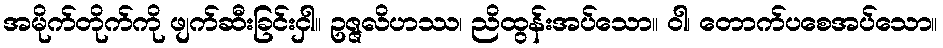
အမိုက်တိုက်ကို ဖျက်ဆီးခြင်းငှါ။ ဥဇ္ဇလိဟဿ၊ ညိထွန်းအပ်သော။ ဝါ၊ တောက်ပစေအပ်သော။